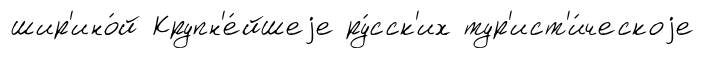
шир'ино́й Крупн'е́йшеjе ру́сск'их тур'ист'и́ческоjе